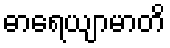
ဓာရေယျာမာတိ